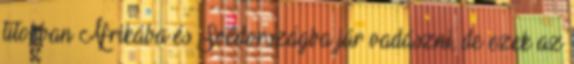
titokban Afrikába és Svédországba jár vadászni, de ezek az